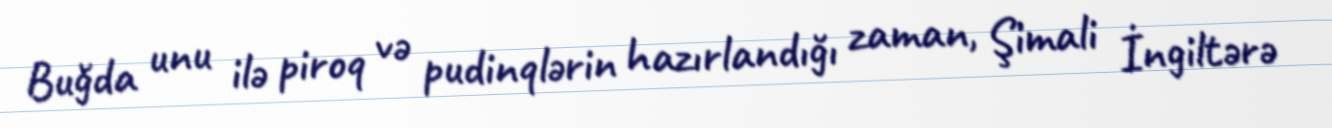
Buğda unu ilə piroq və pudinqlərin hazırlandığı zaman, Şimali İngiltərə